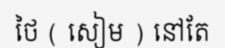
ថៃ ( សៀម ) នៅតែ